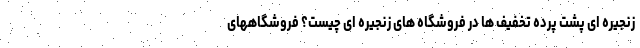
زنجیره ای پشت پرده تخفیف ها در فروشگاه های زنجیره ای چیست؟ فروشگاههای